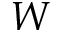
W